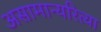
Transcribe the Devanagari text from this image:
असामान्यरित्या